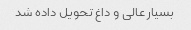
بسیار عالی و داغ تحویل داده شد